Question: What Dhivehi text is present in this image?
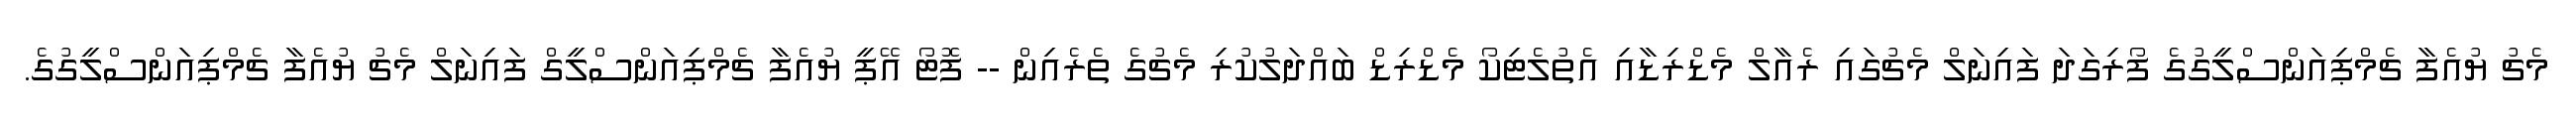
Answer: މެޗު ޔުއެފާ ޗެމްޕިއަންސްލީގުގެ ފޯރިގަދަ ފައިނަލް މެޗުގައި ރެއާލް މެޑްރިޑާއި އެތުލެޓިކޯ މެޑްރިޑް ބައްދަލުކުރި މެޗުގެ ތެރެއިން -- ފޮޓޯ އޭޕީ ޔުއެފާ ޗެމްޕިއަންސްލީގް ފައިނަލް މެޗު ޔުއެފާ ޗެމްޕިއަންސްލީގުގެ.